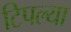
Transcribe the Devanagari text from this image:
टिपल्या